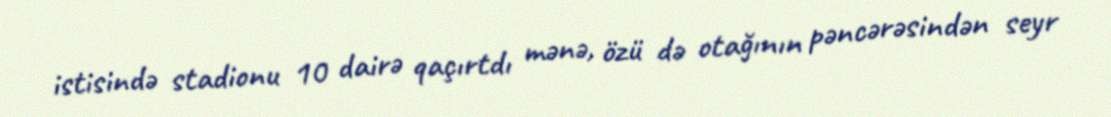
istisində stadionu 10 dairə qaçırtdı mənə, özü də otağının pəncərəsindən seyr